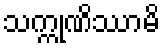
သက္ကုဏိဿာမိ